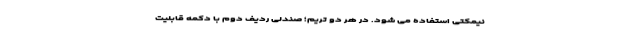
نیمکتی استفاده می شود. در هر دو تریم؛ صندلی ردیف دوم با دکمه قابلیت